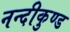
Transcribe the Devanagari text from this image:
नन्दीकुण्ड